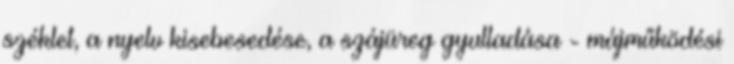
széklet, a nyelv kisebesedése, a szájüreg gyulladása - májműködési